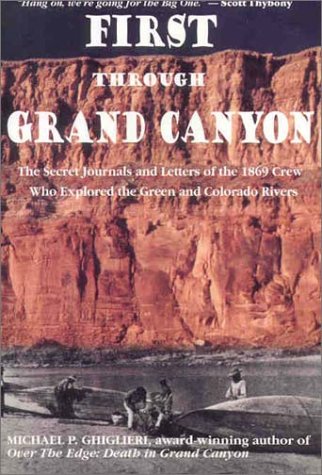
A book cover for First Through Grand Canyon: the secret journals & letters of the 1869 crew who explored the Green & Colorado rivers; Michael P. Ghiglieri; Travel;